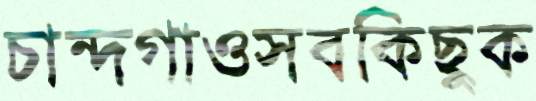
চান্দগাওসবকিছুক